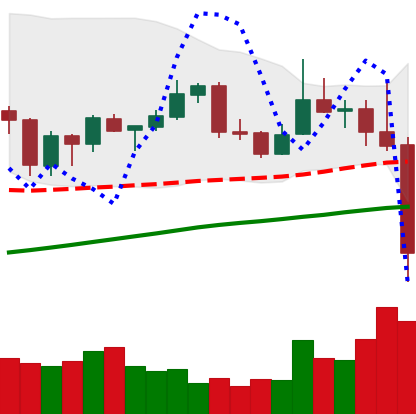
Ticker: XLM-USD
Chart end date: 2019-06-27
Forward return: -3.818%
Label: down_3_5